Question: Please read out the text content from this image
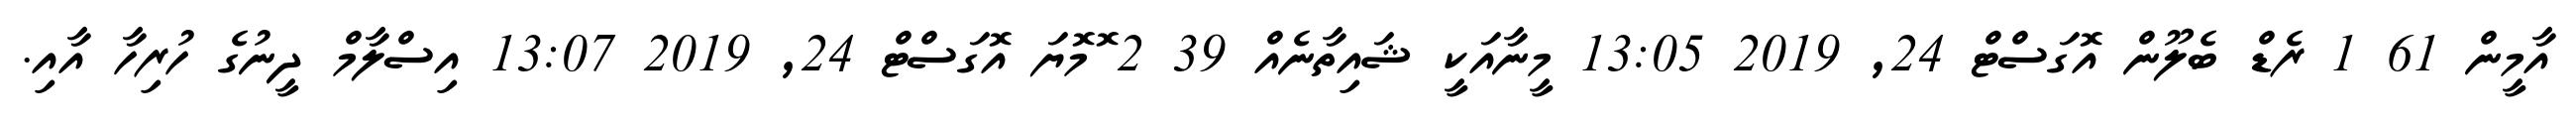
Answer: އާމީން 61 1 ރެޑް ބެލޫން އޮގަސްޓް 24, 2019 13:05 މީނާއަކީ ޝައިތާނެއް 39 2 ޮމޮޔަ އޮގަސްޓް 24, 2019 13:07 އިސްލާމް ދީނުގެ ހުރިހާ އާއި.